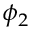
\phi _ { 2 }